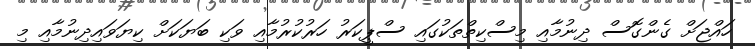
ހައްޖަށް ގެންގޮސް ދިނުމާއި މިސްކިތްތަކުގައި ސްޕީކަރު ހަރުކުރުމާއި ވަކި ބަޔަކަށް ކިޔަވައިދިނުމާއި މި